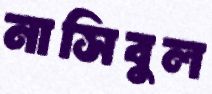
নাসিবুল